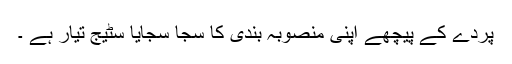
پردے کے پیچھے اپنی منصوبہ بندی کا سجا سجایا سٹیج تیار ہے ۔